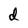
Character: d